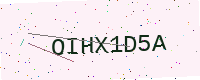
Text: OIHX1D5A